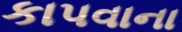
કાપવાના